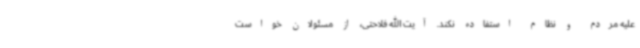
علیه مردم و نظام استفاده نکند. آیت الله فلاحتی، از مسئولان خواست